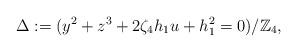
LaTeX: \begin{align*}\Delta:= (y^2 +z^3 + 2 \zeta_4 h_1 u + h_1^2=0)/ \mathbb{Z}_4,\end{align*}